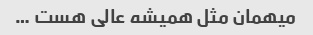
میهمان مثل همیشه عالی هست …